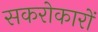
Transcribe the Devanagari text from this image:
सकरोकारों